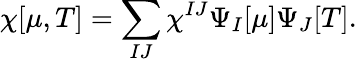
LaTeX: \chi[\mu,T]=\sum_{IJ}\chi^{IJ}\Psi_{I}[\mu]\Psi_{J}[T].